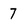
Character: 7